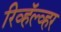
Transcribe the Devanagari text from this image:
रिव्हॅल्व्हर